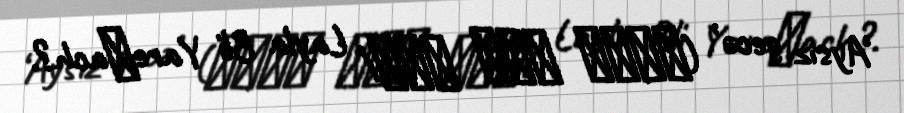
‘Aysız gecə’ (לילה בלי ירח/ Layla Bli Yareʹach?.